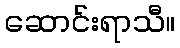
ဆောင်းရာသီ။